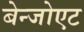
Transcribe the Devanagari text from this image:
बेन्जोएट